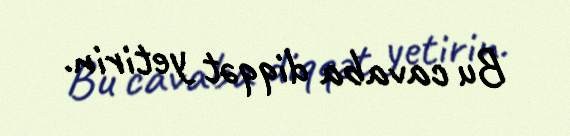
Bu cavaba diqqət yetirin.